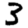
Digit: 3